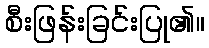
စီးဖြန်းခြင်းပြု၏။